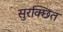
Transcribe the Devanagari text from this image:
सुरक्छित